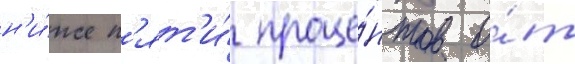
н'и́же п'ят'и́ проце́нтов о́т